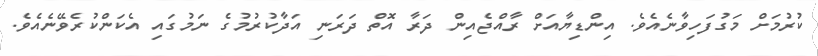
ކުރުމަށް މަގުފަހިވާނެއެވެ. އިންޑިޔާއަށް ރާއްޖެއިން ދަރާ އޮތް ދަރަނި އަދާކުރުމުގެ ނަމުގައި އެކަންކުރެވޭނެއެވެ.